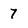
Character: 7